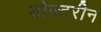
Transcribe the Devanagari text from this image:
डोक्टरीन